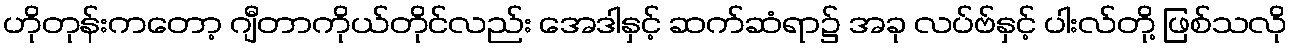
ဟိုတုန်းကတော့ ဂျီတာကိုယ်တိုင်လည်း အေဒါနှင့် ဆက်ဆံရာ၌ အခု လပ်ဗ်နှင့် ပါးလ်တို့ ဖြစ်သလို